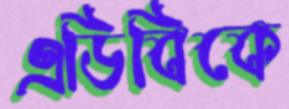
এডিবিকে